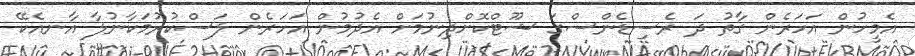
އެމީހުން އަހަރެން ގާތު ދަ ރެސިޑެންސްގަ ޝޫޓްކޮށްދިނުމަށް އެދުމުން އަހަރެން ލަސްކުރުމަކާނުލާ އާނއެކޭ